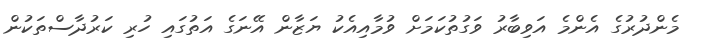
މެންދުރުގެ އެންމެ އަވިބާރު ވަގުތުކަމަށް ވުމާއިއެކު ޔަޒާން އޭނަގެ އަތުގައި ހުރި ކަރުދާސްތަކުން